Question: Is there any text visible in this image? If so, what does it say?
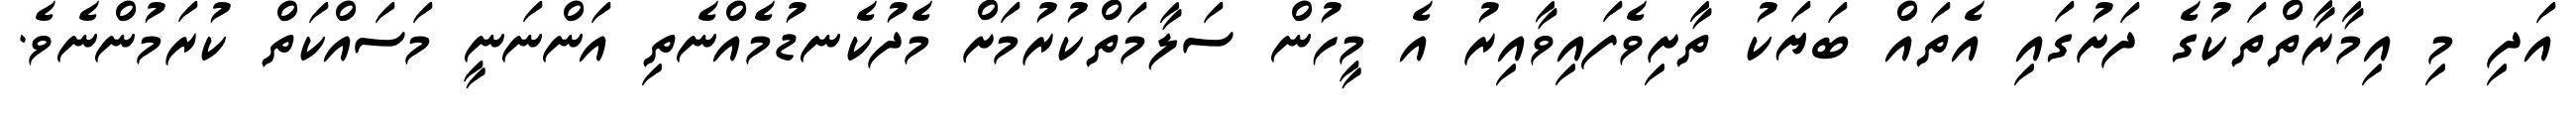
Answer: އަދި މި އިމާރާތްތަކުގެ ދަށުގައި އެތައް ބަޔަކު ތާށިވެފައިވާއިރު އެ މީހުން ސަލާމަތްކުރުމަށް މެދުކެނޑުމެއްނެތި އަންނަނީ މަސައްކަތް ކުރަމުންނެވެ.